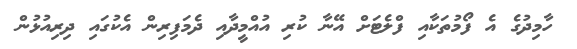
ހާމިދުގެ އެ ފޯމުތަކާއި ފްލެޓަށް އޭނާ ކުރި އުއްމީދާއި ދެމަފިރިން އެކުގައި ދިރިއުޅުން